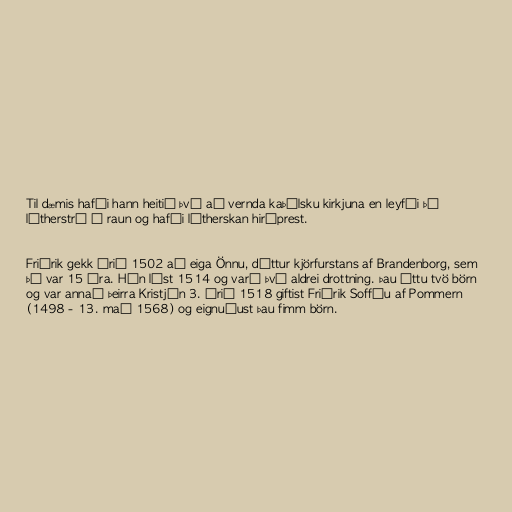
Til dæmis hafði hann heitið því að vernda kaþólsku kirkjuna en leyfði þó
lútherstrú í raun og hafði lútherskan hirðprest.

Friðrik gekk árið 1502 að eiga Önnu, dóttur kjörfurstans af Brandenborg, sem
þá var 15 ára. Hún lést 1514 og varð því aldrei drottning. Þau áttu tvö börn
og var annað þeirra Kristján 3. Árið 1518 giftist Friðrik Soffíu af Pommern
(1498 - 13. maí 1568) og eignuðust þau fimm börn.